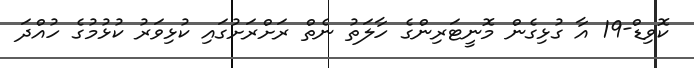
ކޮވިޑް-19 އާ ގުޅިގެން މޮނީޓަރިންގެ ހާލަތު ނެތް ރަށްރަށުގައި ކުޅިވަރު ކުޅުމުގެ ހުއްދަ